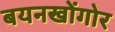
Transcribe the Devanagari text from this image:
बयनखोंगोर